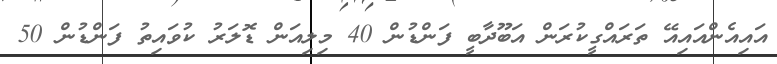
އައިއެންއައިއޭ ތަަރައްގީކުރަން އަބޫދާބީ ފަންޑުން 40 މިލިއަން ޑޮލަރު ކުވައިތު ފަންޑުން 50